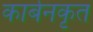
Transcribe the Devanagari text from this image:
कार्बनकृत